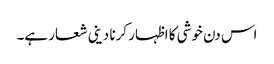
اس دن خوشی کا اظہار کرنا دینی شعار ہے۔